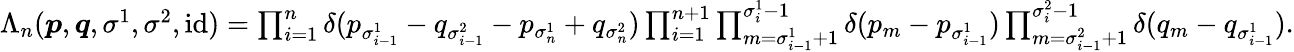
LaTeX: \begin{array}{r}{\Lambda_{n}(\boldsymbol{p},\boldsymbol{q},\sigma^{1},\sigma^{2},\mathrm{id})=\prod_{i=1}^{n}\delta(p_{\sigma_{i-1}^{1}}-q_{\sigma_{i-1}^{2}}-p_{\sigma_{n}^{1}}+q_{\sigma_{n}^{2}})\prod_{i=1}^{n+1}\prod_{m=\sigma_{i-1}^{1}+1}^{\sigma_{i}^{1}-1}\delta(p_{m}-p_{\sigma_{i-1}^{1}})\prod_{m=\sigma_{i-1}^{2}+1}^{\sigma_{i}^{2}-1}\delta(q_{m}-q_{\sigma_{i-1}^{1}}).}\end{array}